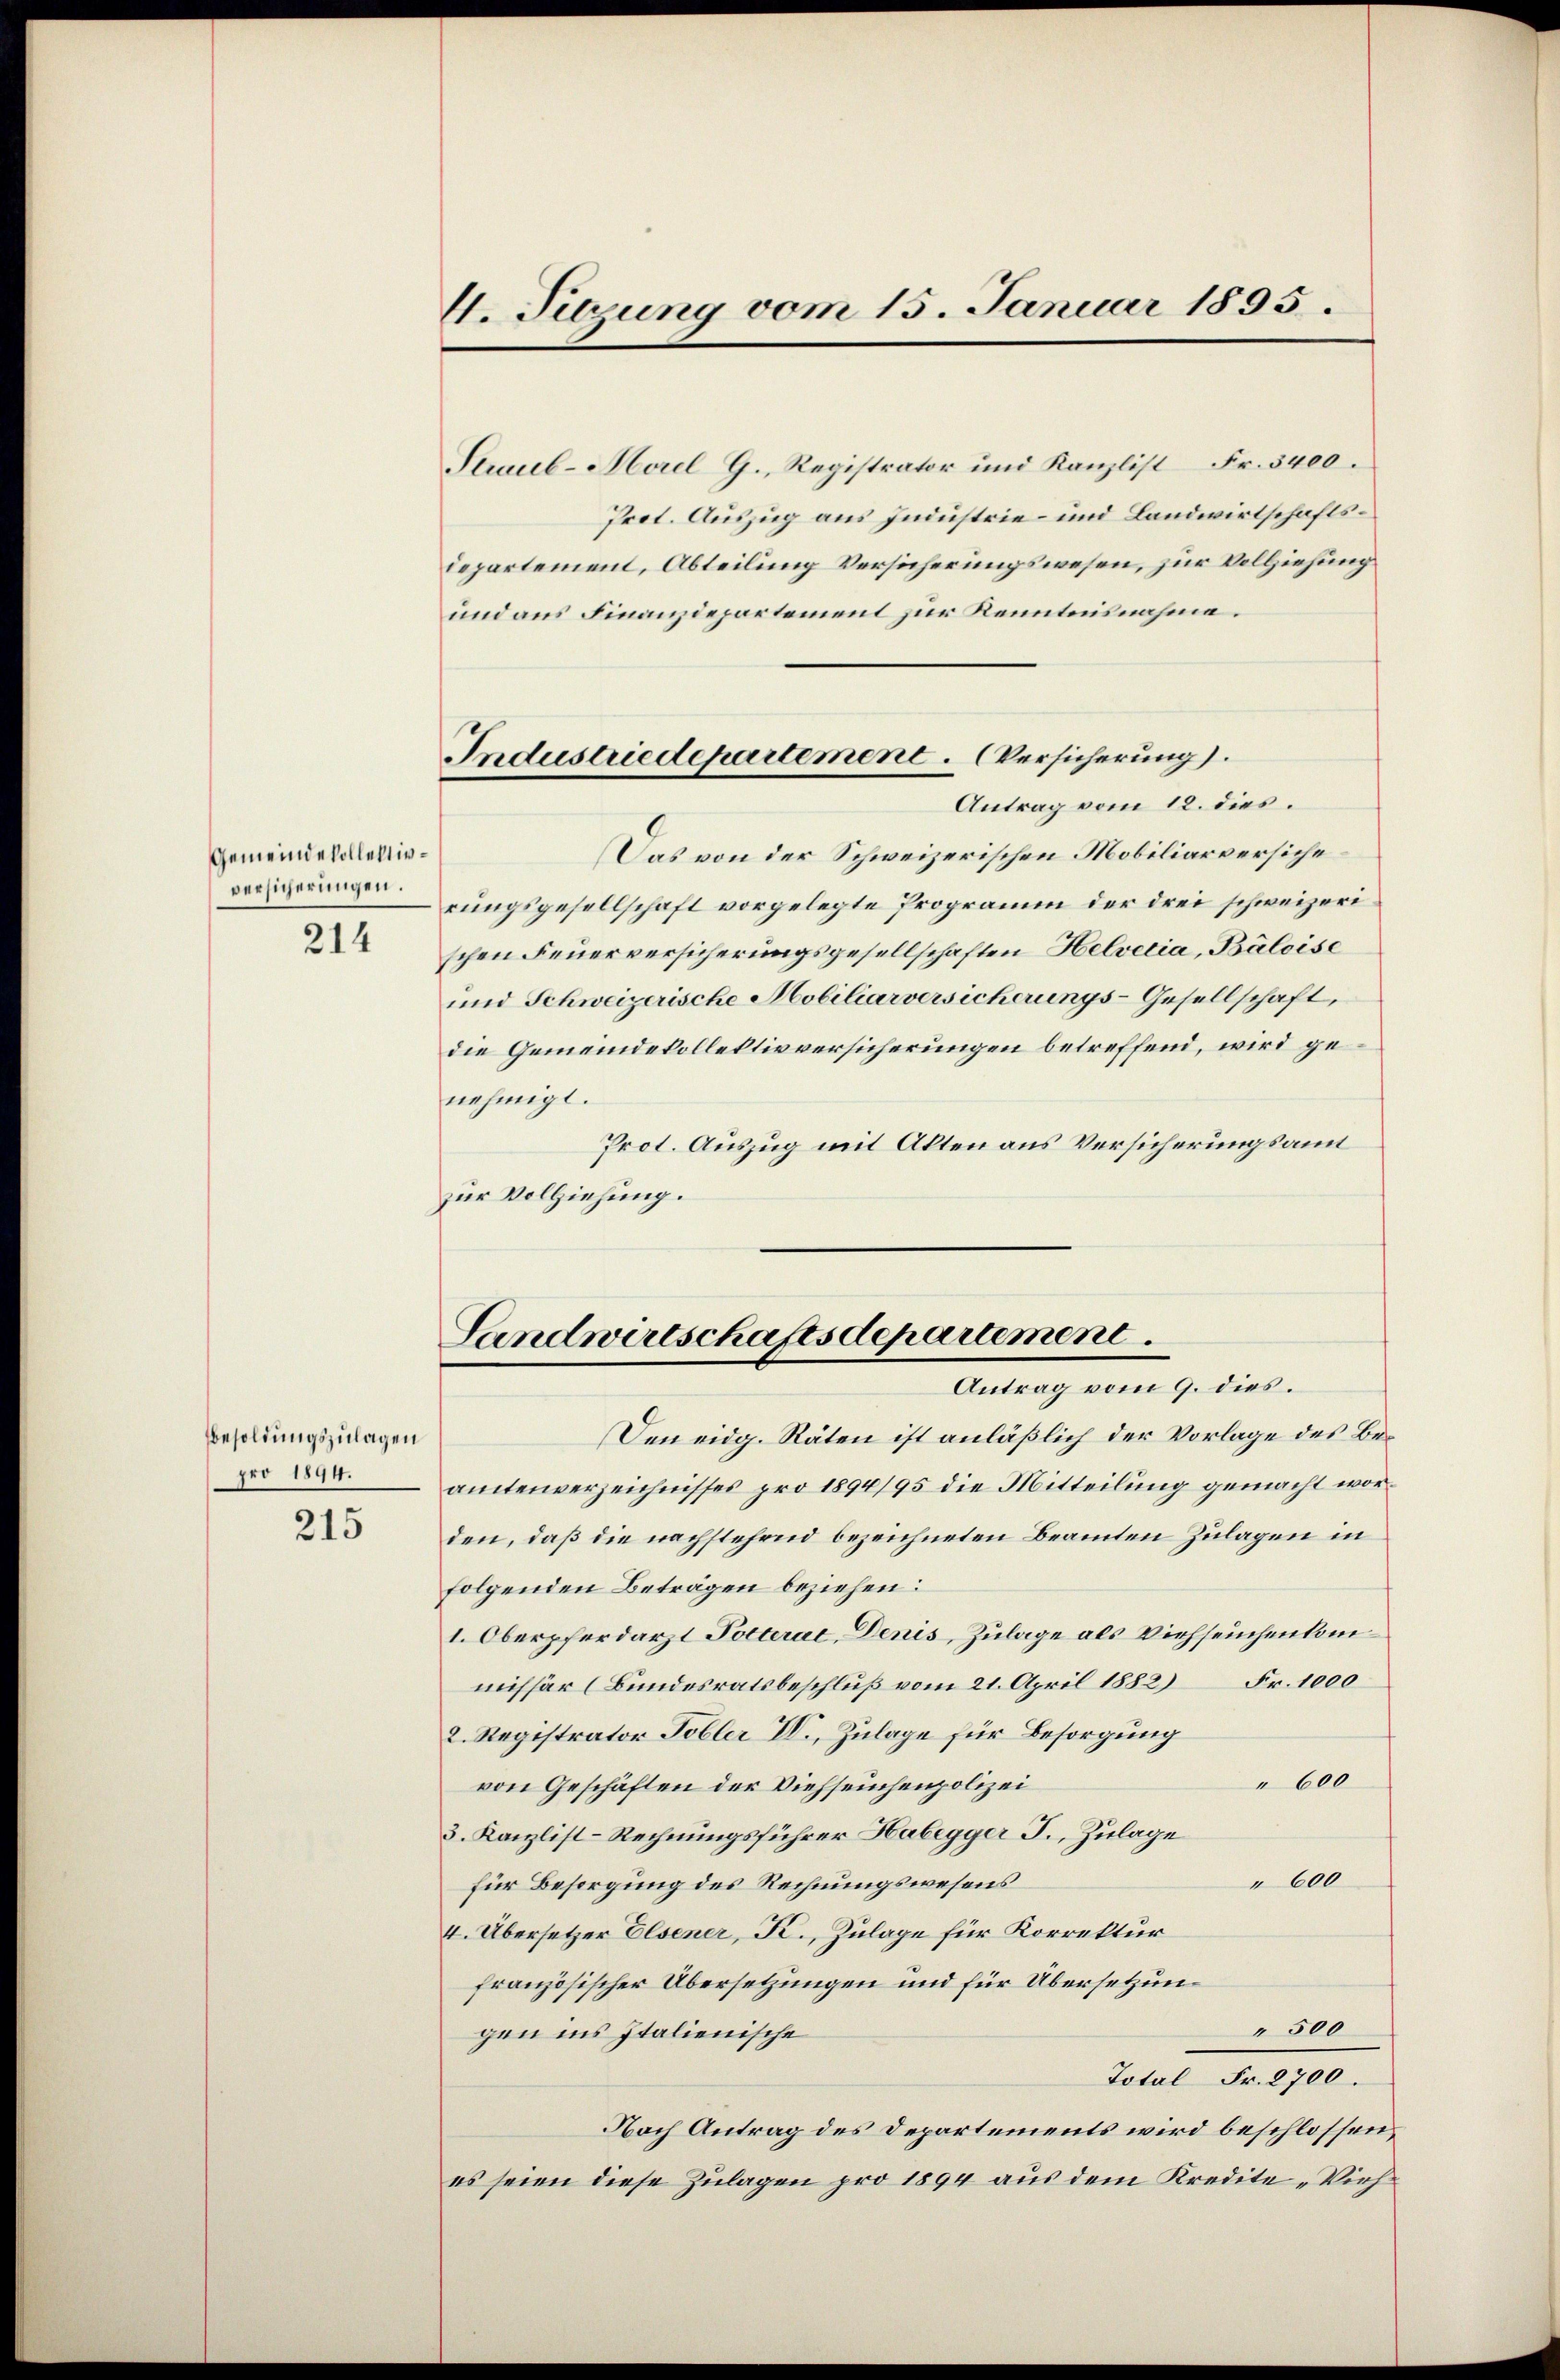
Gemeindekollektivversicherungen.
214

Besoldungszulagen
pro 1894.

215

V. Tierung vom 15. Januar 1895.

Strul-Morel G., Registrator und Kanzlist Fr. 5400.
Prot. Auszug aus Industrie- und Landwirtschaftsdepartement, Abteilung Versicherungswesen, zur Vollziehung
und aus Finanzdepartement zur Kenntnisnahme.
Das von der Schweizerischen Mobiliarversiche
rungsgesellschaft vorgelegte Programm der drei schweizerischen Feuerversicherungsgesellschaften Helvetia, Baleise
und Schweizerische Mobiliarversicherungs-Gesellschaft,
die Gemeindekollektivversicherungen betreffend, wird genehmigt.
Prot. Auszug mit Alten aus Versicherungsamt
zur Vollziehung.

Industriedepartement. Versicherung.
Antrag vom 12. dies.

Landwirtschaftsdepartement.
Antrag vom 9. dies.

Den eidg. Räten ist anläßlich der Vorlage des Beamtenverzeichnisses pro 1894/95 die Mitteilung gemacht worden, daß die nachstehend bezeichneten Beamten Zulagen in
folgenden Beträgen beziehen:
I. Oberpferdarzt Polterat, Denis, Zulage als Viehseuchenkom¬
Fr. 1000
missär (Bundesratsbeschluß vom 21. April 1882)
2. Registrator Tobler IV., Zulage für Besorgung
" 600
von Geschäften der Viehseuchenpolizei
3. Kanzlist-Rechnungsführer Habegger F., Zulage
" 600
für Besorgung des Rechnungswesens
4. Übersetzer Elsener, K., Zulage für Korrektur
französischer Übersetzungen und für Übersetzun¬
" 500
gen ins Italienische
Total Fr. 2700.
Nach Antrag des Departements wird beschlossen,
es seien diese Zulagen pro 1894 aus dem Kredite „Vieh